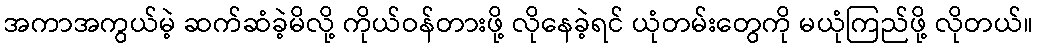
အကာအကွယ်မဲ့ ဆက်ဆံခဲ့မိလို့ ကိုယ်ဝန်တားဖို့ လိုနေခဲ့ရင် ယုံတမ်းတွေကို မယုံကြည်ဖို့ လိုတယ်။